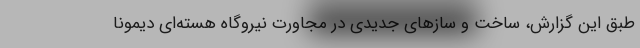
طبق این گزارش، ساخت و سازهای جدیدی در مجاورت نیروگاه هسته‌ای دیمونا